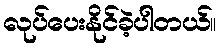
လုပ်ပေးနိုင်ခဲ့ပါတယ်။